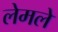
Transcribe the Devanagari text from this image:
लेमले